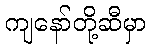
ကျနော်တို့ဆီမှာ